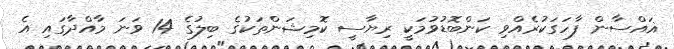
ޣައްސާން ފާހަގަކުރެއްވި ކަންބޮޑުވުމަކީ ރިޔާސީ ކޮމިޝަންތަކުގެ ބިލުގެ 14 ވަނަ މާއްދާގައި އެ